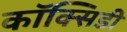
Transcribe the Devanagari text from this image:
कॉक्सिडी